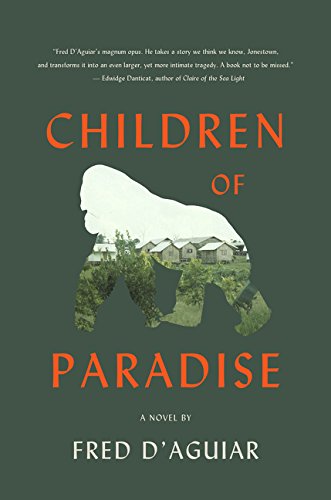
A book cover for Children of Paradise: A Novel (P.S.); Fred D'Aguiar; Literature & Fiction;